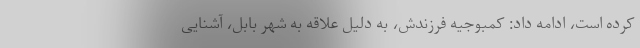
کرده است، ادامه داد: کمبوجیه فرزندش، به دلیل علاقه به شهر بابل، آشنایی